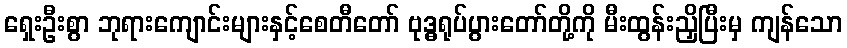
ရှေးဦးစွာ ဘုရားကျောင်းများနှင့်စေတီတော် ဗုဒ္ဓရုပ်ပွားတော်တို့ကို မီးထွန်းညှိပြီးမှ ကျန်သော